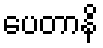
ပေတာနိ